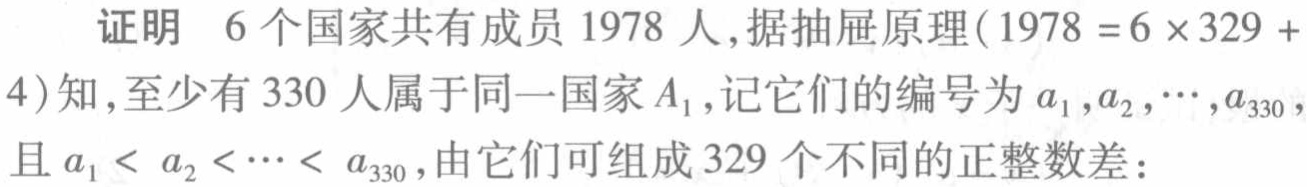
证明 6个国家共有成员 1978人,据抽屉原理($1978 = 6\times329 + 4$)知,至少有 330人属于同一国家$A_1$,记它们的编号为$a_1,a_2,\cdots,a_{330}$,且$a_1 < a_2 < \cdots < a_{330}$,由它们可组成 329个不同的正整数差：